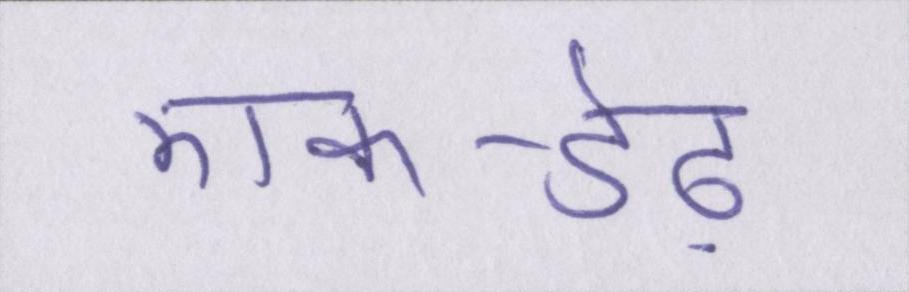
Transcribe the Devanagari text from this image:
एक-डेढ़